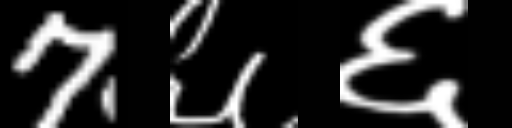
Text: 7६६